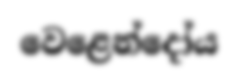
වෙළෙන්දෝය